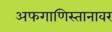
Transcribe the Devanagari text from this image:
अफगाणिस्तानावर